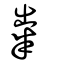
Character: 糶